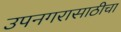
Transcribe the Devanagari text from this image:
उपनगरासाठीचा